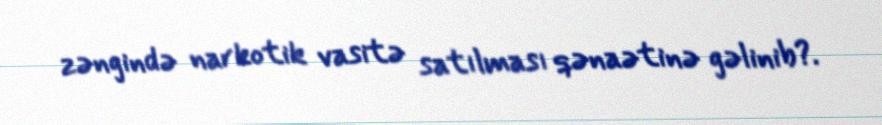
zəngində narkotik vasitə satılması qənaətinə gəlinib?.